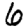
Digit: 6